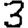
Digit: 3